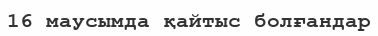
16 маусымда қайтыс болғандар